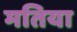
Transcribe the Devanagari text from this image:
मतिया